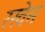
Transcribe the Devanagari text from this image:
रखेम